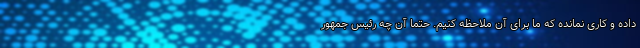
داده و کاری نمانده که ما برای آن ملاحظه کنیم. حتما آن چه رئیس جمهور